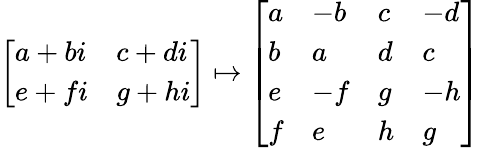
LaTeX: \left[\begin{array}{ll}{{a+bi}}&{{c+di}}\\ {{e+fi}}&{{g+hi}}\end{array}\right]\mapsto\left[\begin{array}{llll}{a}&{{-b}}&{c}&{{-d}}\\ {b}&{a}&{d}&{c}\\ {e}&{{-f}}&{g}&{{-h}}\\ {f}&{e}&{h}&{g}\end{array}\right]